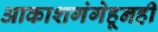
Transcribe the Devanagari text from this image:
आकाशगंगेहूनही